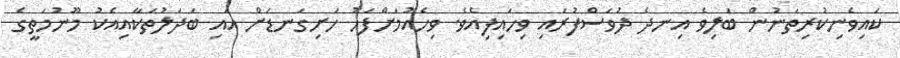
ކައިވެނިކުރިތަނުން ބަލިވެ އިނދެ ދުވަސްފުރައި ވިހައިފިއެވެ. ވިހެއުމަށްފަހު ހަށިގަނޑަށް އައި ބަދަލުތަކާއިއެކު މޫނުމަތީގެ